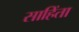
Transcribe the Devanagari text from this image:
साहिंता